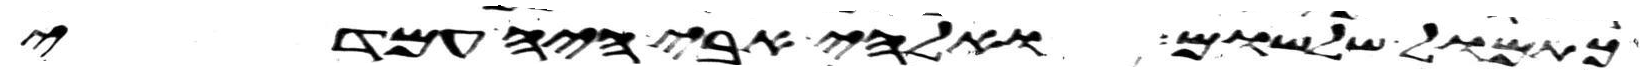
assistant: כתמול שלשום ואלהי אבי היה עמדי